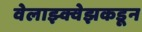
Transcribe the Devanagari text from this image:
वेलाझ्क्वेझकडून